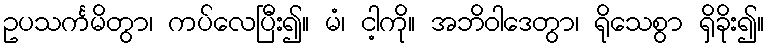
ဥပသင်္ကမိတွာ၊ ကပ်လေပြီး၍။ မံ၊ ငါ့ကို။ အဘိဝါဒေတွာ၊ ရိုသေစွာ ရှိခိုး၍။